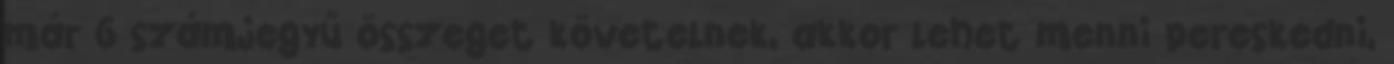
már 6 számjegyű összeget követelnek, akkor lehet menni pereskedni,